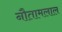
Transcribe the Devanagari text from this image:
नौतामलाल